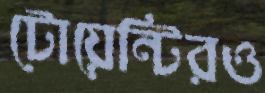
টোয়েন্টিরও